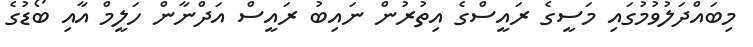
މިބައްދަލުވުމުގައި މަސީގެ ރައީސްގެ އިތުރުން ނައިބު ރައީސް އަދްނާން ހަލީމް އާއި ބޯޑުގެ